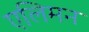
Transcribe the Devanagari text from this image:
एलिमन